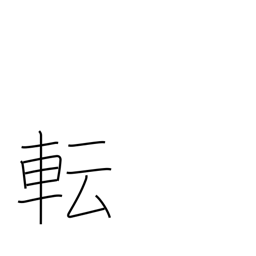
Meaning: change